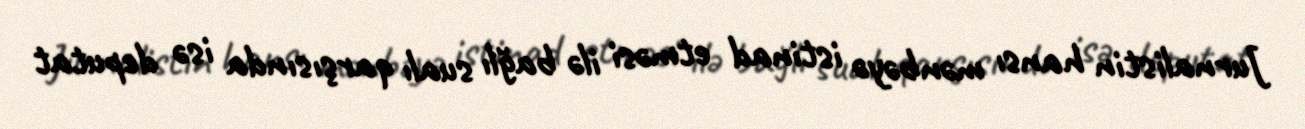
Jurnalistin hansı mənbəyə istinad etməsi ilə bağlı sualı qarşısında isə deputat